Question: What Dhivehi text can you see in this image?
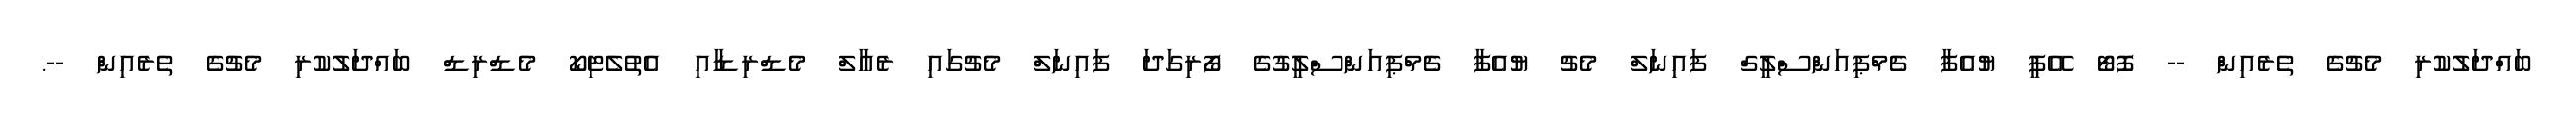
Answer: ބައްދަލުކުރި މެޗުގެ ތެރެއިން -- ފޮޓޯ އޭޕީ ޔުއެފާ ޗެމްޕިއަންސްލީގް ފައިނަލް މެޗު ޔުއެފާ ޗެމްޕިއަންސްލީގުގެ ފޯރިގަދަ ފައިނަލް މެޗުގައި ރެއާލް މެޑްރިޑާއި އެތުލެޓިކޯ މެޑްރިޑް ބައްދަލުކުރި މެޗުގެ ތެރެއިން --.